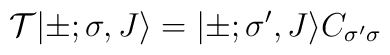
{\cal T}|\pm;\sigma,J \rangle = |\pm;{\sigma}',J \rangle		C_{{\sigma}'{\sigma}}